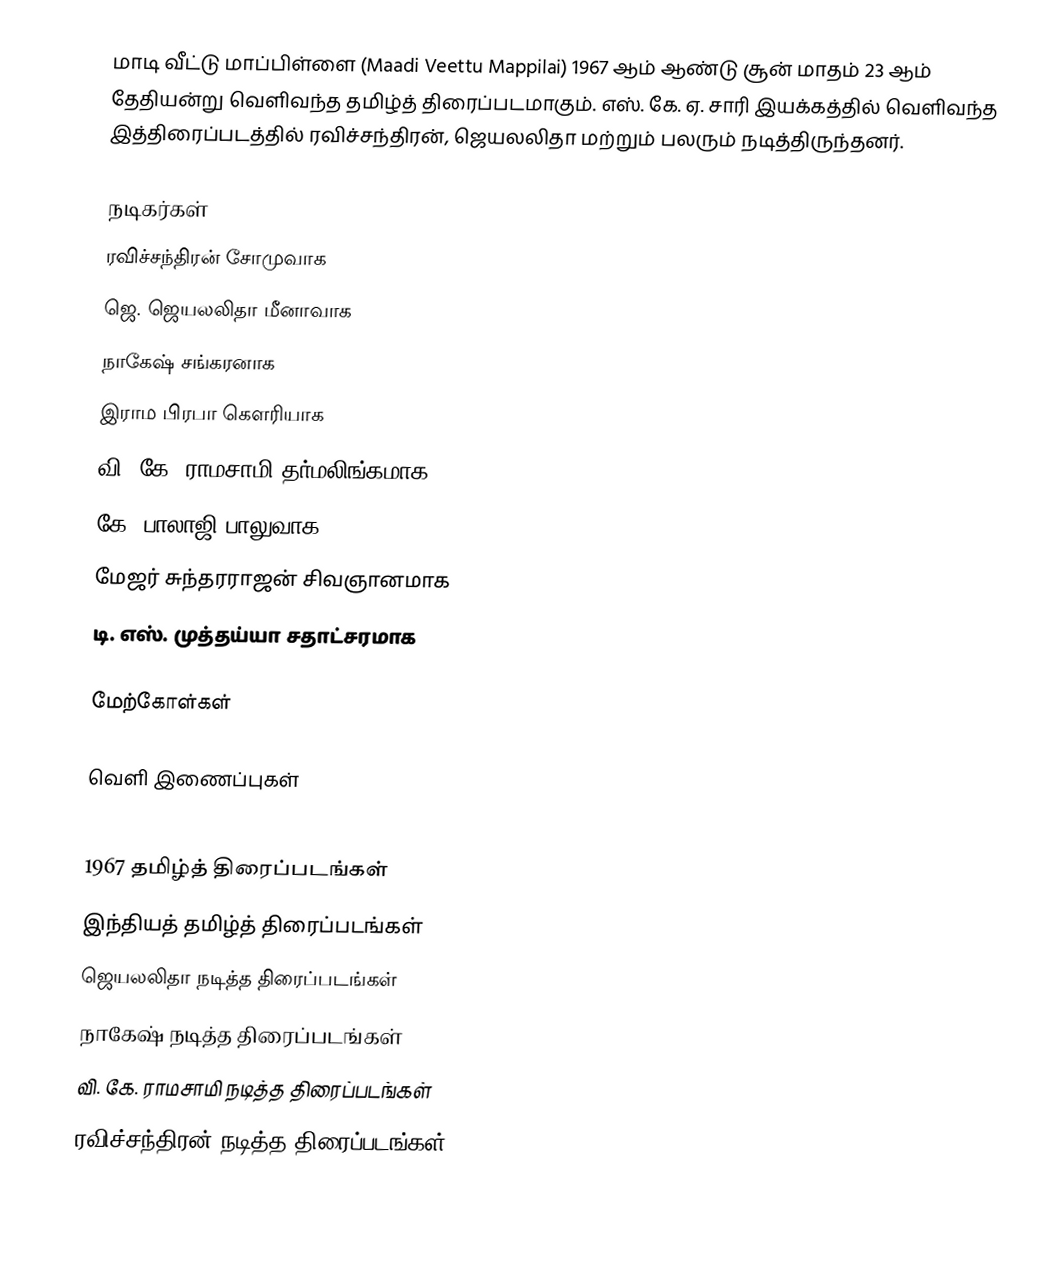
மாடி வீட்டு மாப்பிள்ளை (Maadi Veettu Mappilai)  1967 ஆம் ஆண்டு சூன் மாதம் 23 ஆம் தேதியன்று வெளிவந்த தமிழ்த் திரைப்படமாகும்.  எஸ். கே. ஏ. சாரி இயக்கத்தில் வெளிவந்த இத்திரைப்படத்தில் ரவிச்சந்திரன், ஜெயலலிதா மற்றும் பலரும் நடித்திருந்தனர்.

நடிகர்கள்
 ரவிச்சந்திரன் சோமுவாக
 ஜெ. ஜெயலலிதா மீனாவாக
 நாகேஷ் சங்கரனாக
 இராம பிரபா கௌரியாக
 வி. கே. ராமசாமி தர்மலிங்கமாக
 கே. பாலாஜி பாலுவாக
 மேஜர் சுந்தரராஜன் சிவஞானமாக
 டி. எஸ். முத்தய்யா சதாட்சரமாக

மேற்கோள்கள்

வெளி இணைப்புகள்

1967 தமிழ்த் திரைப்படங்கள்
இந்தியத் தமிழ்த் திரைப்படங்கள்
ஜெயலலிதா நடித்த திரைப்படங்கள்
நாகேஷ் நடித்த திரைப்படங்கள்
வி. கே. ராமசாமி நடித்த திரைப்படங்கள்
ரவிச்சந்திரன் நடித்த திரைப்படங்கள்